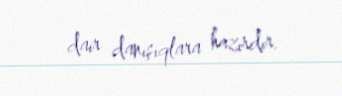
dair danışıqlara hazırdır.